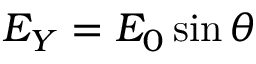
E _ { Y } = E _ { 0 } \sin { \theta }